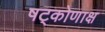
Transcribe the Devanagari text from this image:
षट्कोणाक्ष